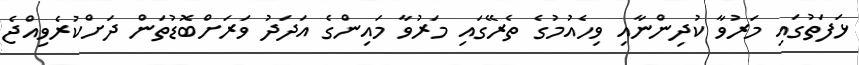
ޅަފަތުގައި މަރުވާ ކުދިންނާއި ވިހެއުމުގެ ތެރޭގައި މަރުވާ މައިންގެ އަދަދު ވަރަށްބޮޑުތަން ދަށްކުރެވިއްޖެ